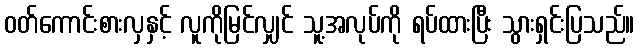
ဝတ်ကောင်းစားလှနှင့် လူကိုမြင်လျှင် သူ့အလုပ်ကို ရပ်ထားပြီး သွားရှင်းပြသည်။